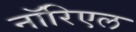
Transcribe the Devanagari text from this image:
नॉरिएल